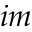
i m